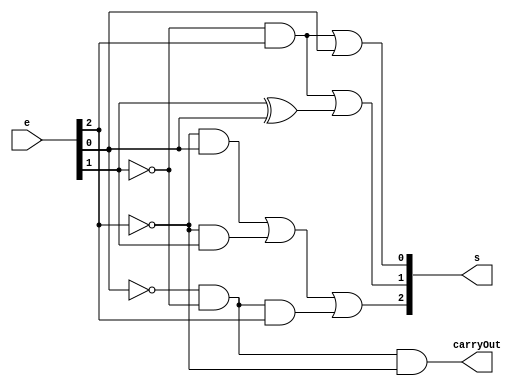
// -------------------------
// Exemplo0025  C2
// Nome: Breno Macena Pereira de Souza
// -------------------------
// -------------------------
// C2
// -------------------------
module c2 (output [2:0] s, output carryOut, input [2:0] e);
   wire s0, s1, s2, s3, s4, s5, s6, s7, s8, s9, s10, s11, s12, s13, s14;

   not NOT1 (s0, e[1]);
   and AND1 (s1, s0, e[2]);
   or OR1 (s[0], s1, e[0]); //saida do primeiro bit

   xor XOR1 (s2, e[1], e[0]);
   not NOT2 (s3, e[1]);
   and AND2 (s4, s3, e[2]);
   or OR2 (s[1], s4, s2);  //saida do segundo bit

   not NOT3 (s5, e[2]);
   and AND3 (s6, s5, e[0]);
   not NOT4 (s7, e[2]);
   and AND4 (s8, s7, e[1]);
   not NOT5 (s9, e[1]);
   not NOT6 (s10, e[0]);
   and AND5 (s11, s9, s10, e[2]);
   or OR3 (s[2], s6, s8, s11); // saida do terceiro bit

   not NOT7 (s12, e[0]);
   not NOT8 (s13, e[1]);
   not NOT9 (s14, e[2]);
   and AND6 (carryOut, s12, s13, s14);

endmodule

module test_c2;

   reg [2:0] a;
   wire carryOut;
   wire [2:0] s;

   c2 C2 (s, carryOut, a);

initial begin
   $display("Exemplo0025 - Breno Macena - 462017");
   $display("Test ALUs c2");

#1 a = 3'b000;
#1 $monitor("C2(%b) = %b %b",a, carryOut, s);

#1 a = 3'b001;
#1 a = 3'b010;
#1 a = 3'b011;
#1 a = 3'b100;
#1 a = 3'b101;
#1 a = 3'b110;
#1 a = 3'b111;

end
endmodule